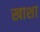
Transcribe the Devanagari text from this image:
खाशा